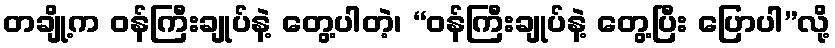
တချို့က ဝန်ကြီးချုပ်နဲ့ တွေ့ပါတဲ့၊ “ဝန်ကြီးချုပ်နဲ့ တွေ့ပြီး ပြောပါ”လို့